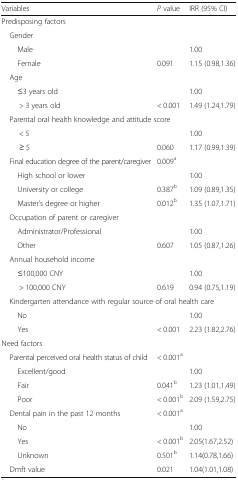
<table><thead><tr><td><b>Variables</b></td><td><b><i>P</i> value</b></td><td><b>IRR (95% CI)</b></td></tr></thead><tbody><tr><td colspan="3">Predisposing factors</td></tr><tr><td colspan="3"> Gender</td></tr><tr><td>Male</td><td></td><td>1.00</td></tr><tr><td>Female</td><td>0.091</td><td>1.15 (0.98,1.36)</td></tr><tr><td> Age</td><td></td><td></td></tr><tr><td>≤3 years old</td><td></td><td>1.00</td></tr><tr><td>&gt; 3 years old</td><td>&lt; 0.001</td><td>1.49 (1.24,1.79)</td></tr><tr><td colspan="3"> Parental oral health knowledge and attitude score</td></tr><tr><td>&lt; 5</td><td></td><td>1.00</td></tr><tr><td>≥ 5</td><td>0.060</td><td>1.17 (0.99,1.39)</td></tr><tr><td> Final education degree of the parent/caregiver</td><td>0.009<sup>a</sup></td><td></td></tr><tr><td>High school or lower</td><td></td><td>1.00</td></tr><tr><td>University or college</td><td>0.387<sup>b</sup></td><td>1.09 (0.89,1.35)</td></tr><tr><td>Master’s degree or higher</td><td>0.012<sup>b</sup></td><td>1.35 (1.07,1.71)</td></tr><tr><td colspan="3"> Occupation of parent or caregiver</td></tr><tr><td>Administrator/Professional</td><td></td><td>1.00</td></tr><tr><td>Other</td><td>0.607</td><td>1.05 (0.87,1.26)</td></tr><tr><td colspan="3"> Annual household income</td></tr><tr><td>≤100,000 CNY</td><td></td><td>1.00</td></tr><tr><td>&gt; 100,000 CNY</td><td>0.619</td><td>0.94 (0.75,1.19)</td></tr><tr><td colspan="3"> Kindergarten attendance with regular source of oral health care</td></tr><tr><td>No</td><td></td><td>1.00</td></tr><tr><td>Yes</td><td>&lt; 0.001</td><td>2.23 (1.82,2.76)</td></tr><tr><td colspan="3">Need factors</td></tr><tr><td> Parental perceived oral health status of child</td><td>&lt; 0.001<sup>a</sup></td><td></td></tr><tr><td>Excellent/good</td><td></td><td>1.00</td></tr><tr><td>Fair</td><td>0.041<sup>b</sup></td><td>1.23 (1.01,1.49)</td></tr><tr><td>Poor</td><td>&lt; 0.001<sup>b</sup></td><td>2.09 (1.59,2.75)</td></tr><tr><td> Dental pain in the past 12 months</td><td>&lt; 0.001<sup>a</sup></td><td></td></tr><tr><td>No</td><td></td><td>1.00</td></tr><tr><td>Yes</td><td>&lt; 0.001<sup>b</sup></td><td>2.05(1.67,2.52)</td></tr><tr><td>Unknown</td><td>0.501<sup>b</sup></td><td>1.14(0.78,1.66)</td></tr><tr><td> Dmft value</td><td>0.021</td><td>1.04(1.01,1.08)</td></tr></tbody></table>